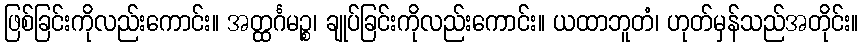
ဖြစ်ခြင်းကိုလည်းကောင်း။ အတ္ထင်္ဂမဉ္စ၊ ချုပ်ခြင်းကိုလည်းကောင်း။ ယထာဘူတံ၊ ဟုတ်မှန်သည်အတိုင်း။